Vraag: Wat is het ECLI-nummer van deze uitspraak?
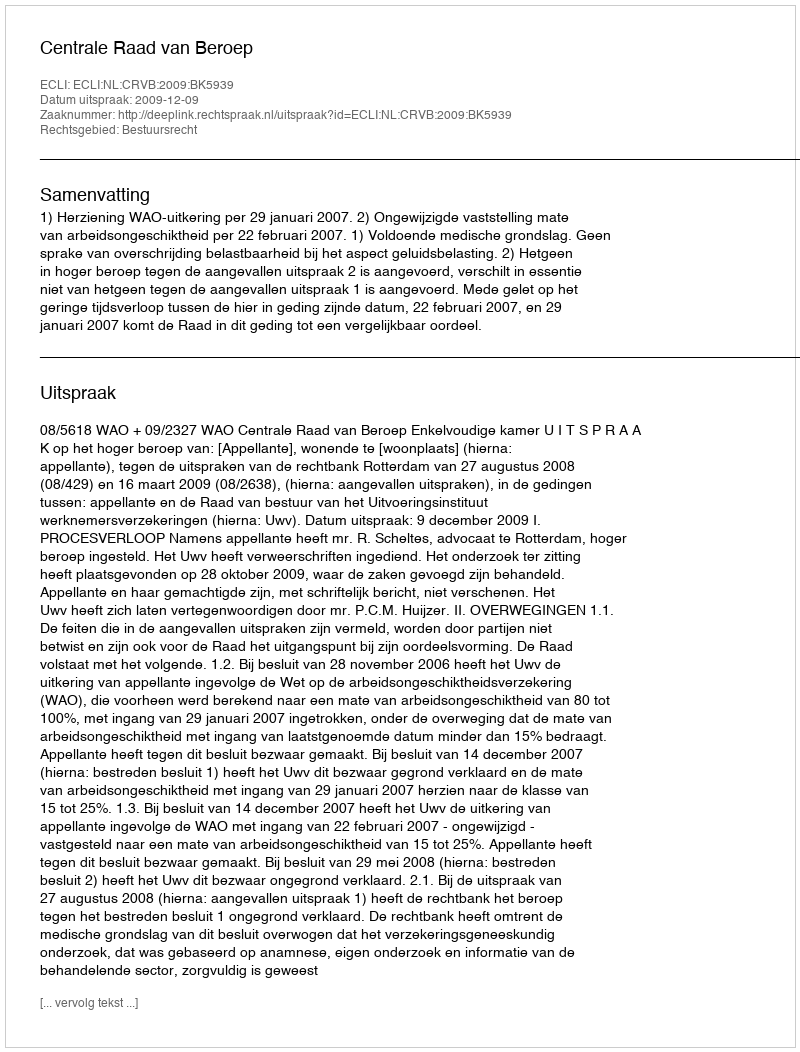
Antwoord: ECLI:NL:CRVB:2009:BK5939